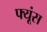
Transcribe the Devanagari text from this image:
फ्यूंस